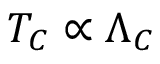
T _ { C } \propto \Lambda _ { C }